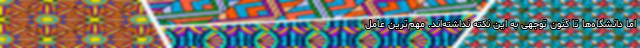
اما دانشگاه‌ها تا کنون توجهی به این نکته نداشته‌اند. مهم‌ترین عامل